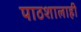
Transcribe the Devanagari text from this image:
पाठशालाही